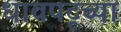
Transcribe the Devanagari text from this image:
धावपटूच्या